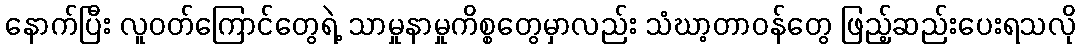
နောက်ပြီး လူဝတ်ကြောင်တွေရဲ့ သာမှုနာမှုကိစ္စတွေမှာလည်း သံဃာ့တာဝန်တွေ ဖြည့်ဆည်းပေးရသလို